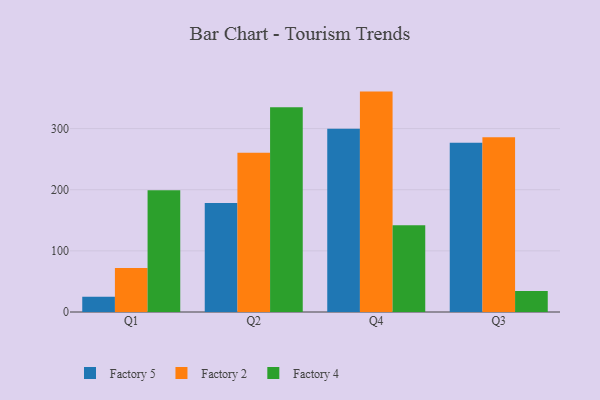
{"axis": {"x": "Quarter", "y": "Temperature (°C)"}, "legend": ["Factory 2", "Factory 4", "Factory 5"], "data": [{"x": "Q1", "y": 24.8, "type": "Factory 5"}, {"x": "Q1", "y": 71.9, "type": "Factory 2"}, {"x": "Q1", "y": 199.0, "type": "Factory 4"}, {"x": "Q2", "y": 178.3, "type": "Factory 5"}, {"x": "Q2", "y": 260.4, "type": "Factory 2"}, {"x": "Q2", "y": 335.0, "type": "Factory 4"}, {"x": "Q4", "y": 299.8, "type": "Factory 5"}, {"x": "Q4", "y": 360.5, "type": "Factory 2"}, {"x": "Q4", "y": 141.9, "type": "Factory 4"}, {"x": "Q3", "y": 276.7, "type": "Factory 5"}, {"x": "Q3", "y": 285.8, "type": "Factory 2"}, {"x": "Q3", "y": 34.3, "type": "Factory 4"}]}